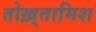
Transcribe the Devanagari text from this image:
तोख़्तामिश